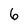
Character: 6